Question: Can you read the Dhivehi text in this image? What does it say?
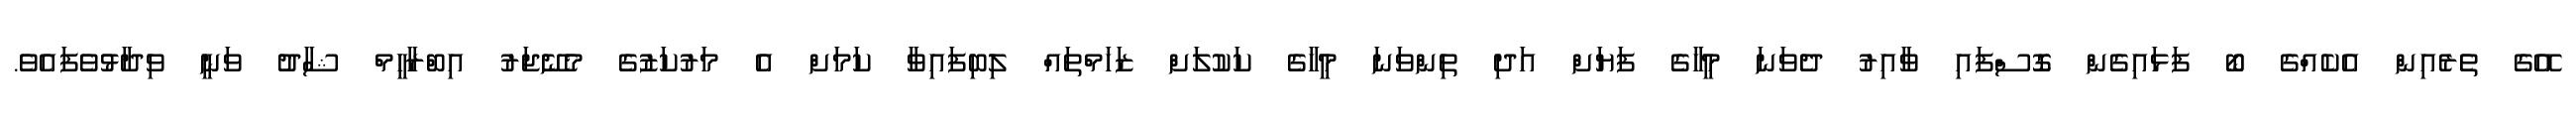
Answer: އޭގެ ތެރެއިން އެކެއްގެ ބޯ ފަޅައިގެން ގޮސްފައި ވާއިރު ދެވަނަ މީހާގެ ފަޔަށް އަދި ތިންވަނަ މީހާގެ ކަކުލަށް ޒަހަމްތައް ލިބިފައިވާ ކަމަށް އެ މަރުކަޒުގެ މެނޭޖަރު އިބްރާހީމް ޝާދު ވަނީ ވިދާޅުވެފައެވެ.